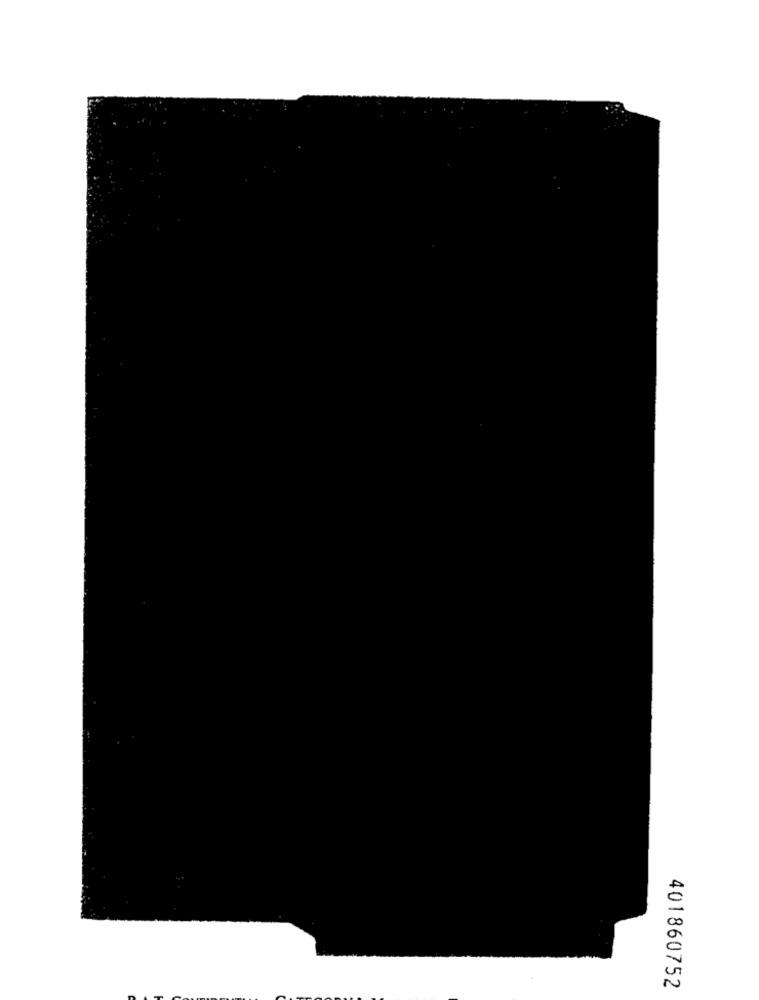
401860752